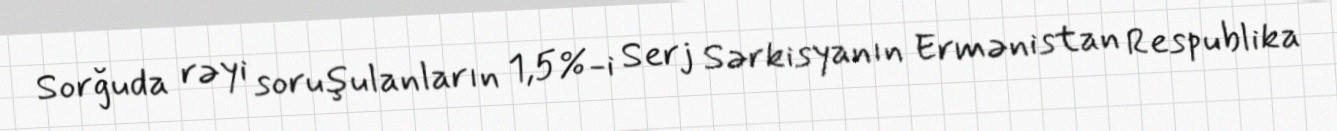
Sorğuda rəyi soruşulanların 1,5%-i Serj Sərkisyanın Ermənistan Respublika